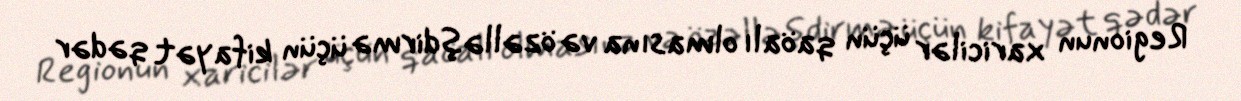
Regionun xaricilər üçün qaöalı olmasına və özəlləşdirmə üçün kifayət qədər